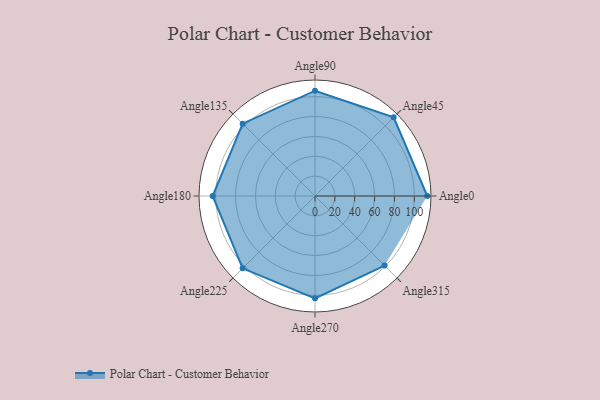
{"axis": {"x": "Angle", "y": "Radius"}, "legend": [""], "data": [{"x": "Angle0", "y": 113.0, "type": ""}, {"x": "Angle45", "y": 112.0, "type": ""}, {"x": "Angle90", "y": 106.0, "type": ""}, {"x": "Angle135", "y": 103.0, "type": ""}, {"x": "Angle180", "y": 103.0, "type": ""}, {"x": "Angle225", "y": 103.0, "type": ""}, {"x": "Angle270", "y": 103.0, "type": ""}, {"x": "Angle315", "y": 99.0, "type": ""}]}